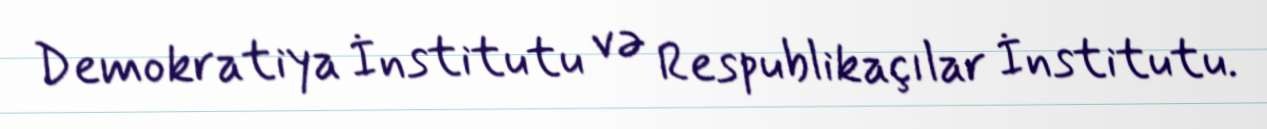
Demokratiya İnstitutu və Respublikaçılar İnstitutu.